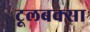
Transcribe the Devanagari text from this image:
टूलबक्सा